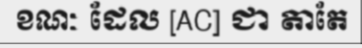
ខណៈ ដែល [AC] ជា តាតែ